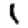
Digit: 1